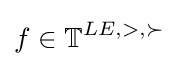
f\in \mathbb {T} ^{LE,>,\succ }